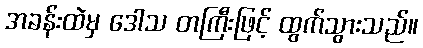
အခန်းထဲမှ ဒေါသ တကြီးဖြင့် ထွက်သွားသည်။